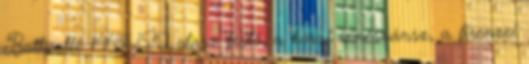
Botticelli: 1444-1510 olasz festő, a korai reneszánsz, a firenzei